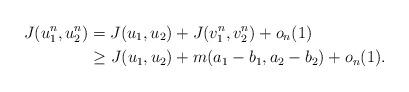
LaTeX: \begin{align*} J(u_1^n, u_2^n)&=J(u_1, u_2) + J(v_1^n, v_2^n) + o_n(1) \\& \geq J(u_1, u_2) + m(a_1-b_1, a_2-b_2) + o_n(1).\end{align*}